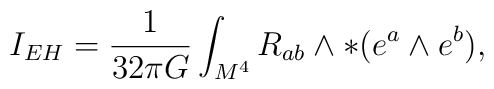
I_{EH} =\frac{1}{32\pi G}\int_{M^4}R_{ab}\wedge\ast(e^a\wedge e^b),